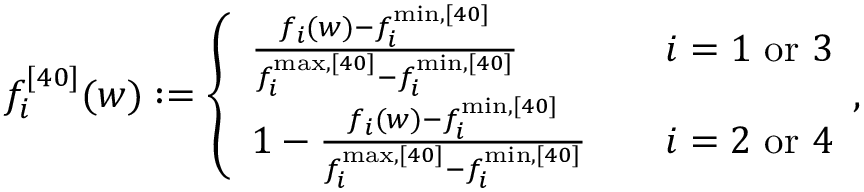
f _ { i } ^ { [ 4 0 ] } ( w ) : = \left\{ \begin{array} { l l } { \frac { f _ { i } ( w ) - f _ { i } ^ { \mathrm { m i n } , [ 4 0 ] } } { f _ { i } ^ { \mathrm { m a x } , [ 4 0 ] } - f _ { i } ^ { \mathrm { m i n } , [ 4 0 ] } } } & { \quad i = 1 \mathrm { ~ o r ~ } 3 } \\ { 1 - \frac { f _ { i } ( w ) - f _ { i } ^ { \mathrm { m i n } , [ 4 0 ] } } { f _ { i } ^ { \mathrm { m a x } , [ 4 0 ] } - f _ { i } ^ { \mathrm { m i n } , [ 4 0 ] } } } & { \quad i = 2 \mathrm { ~ o r ~ } 4 } \end{array} , \right.